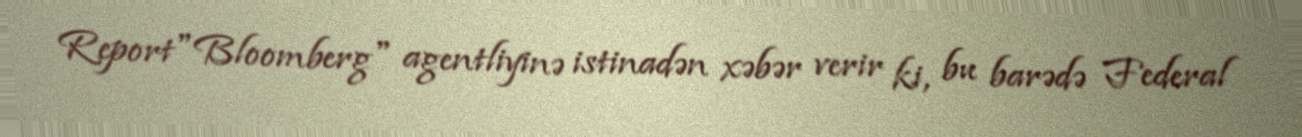
Report"Bloomberg" agentliyinə istinadən xəbər verir ki, bu barədə Federal